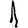
Digit: 1